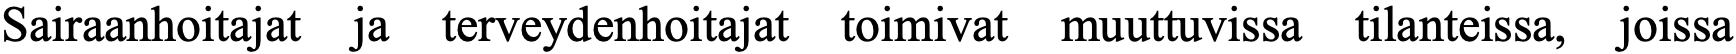
Sairaanhoitajat ja terveydenhoitajat toimivat muuttuvissa tilanteissa, joissa